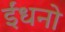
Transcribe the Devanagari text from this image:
ईंधनो